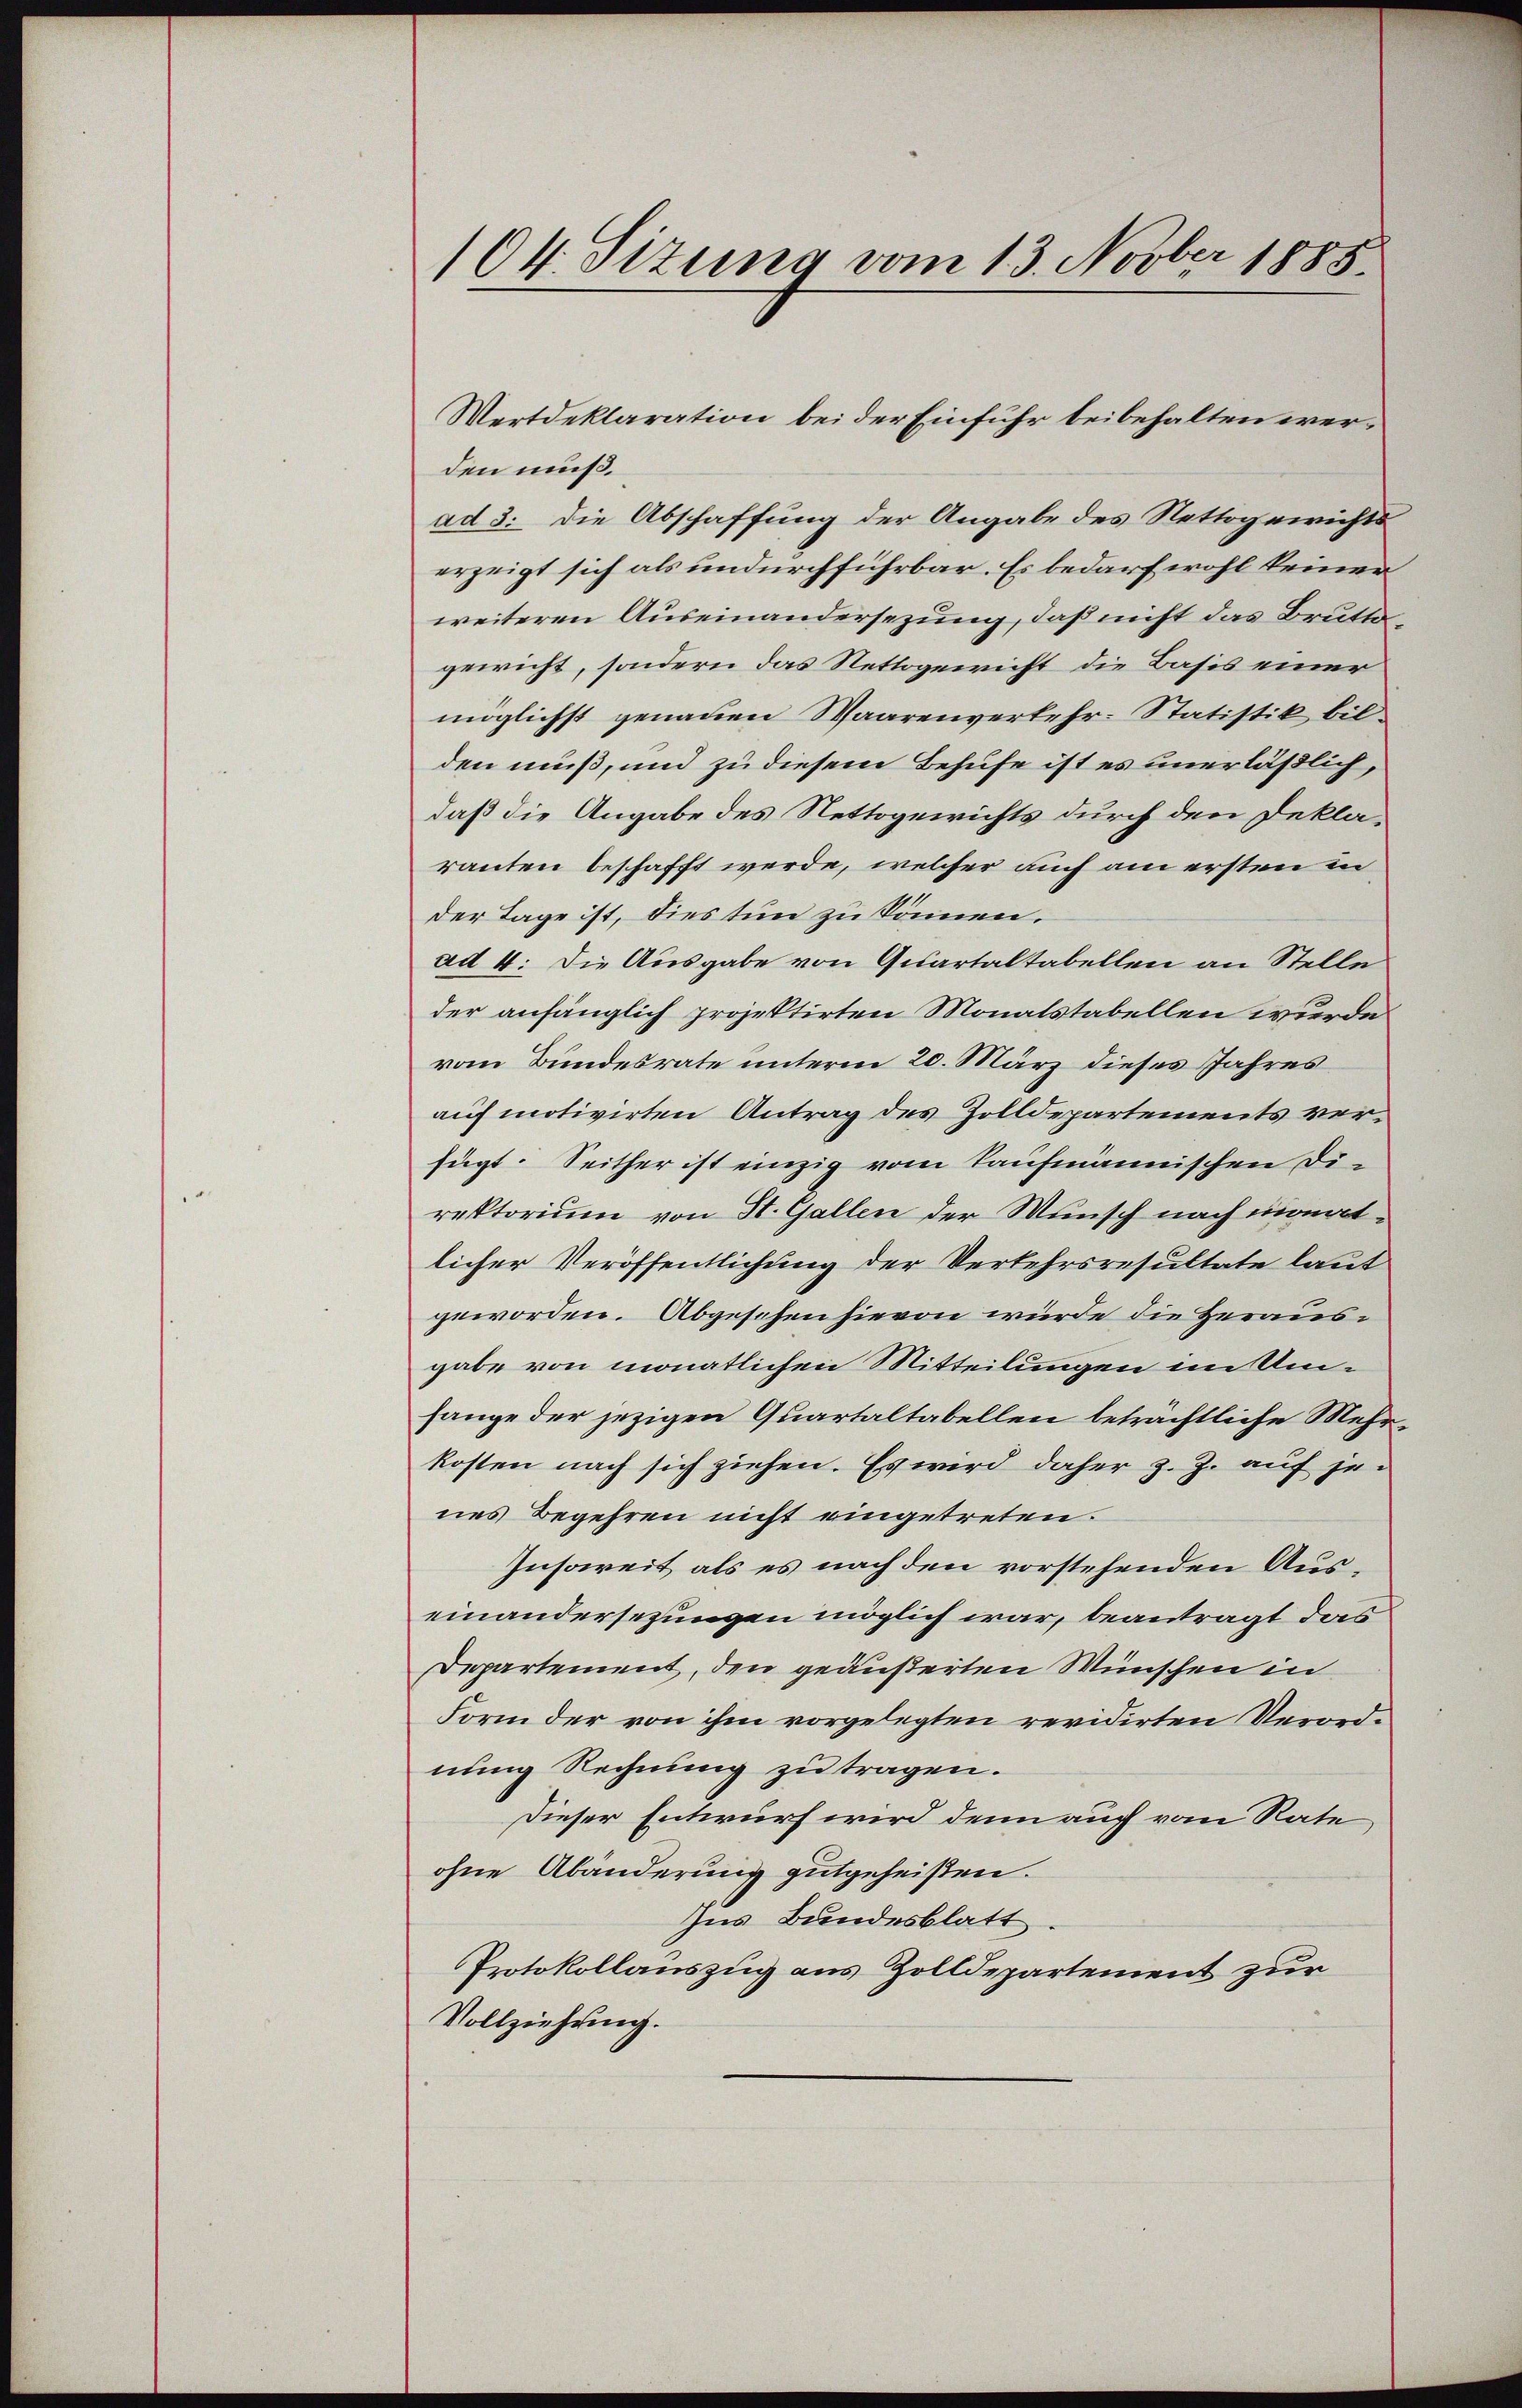
104. Sizung vom 13. Novber 1885.

den muß.
ad 3. Die Abschaffung der Angabe des Nettogewichts
erzeigt sich als undurchführbar. Es bedarf wohl keiner
weiteren Auseinandersezung, daß nicht das Brutto
gewicht, sondern das Nettogericht die Basis einer
möglichst genauen Waarenverkehr-Statistik bilden muß, und zu diesem Behufe ist es unerläßlich,
daß die Angabe des Nettogewichts durch den Deklaranten beschafft werde, welcher auch am ersten in
der Tage ist, dies tun zu können.
ad 4. Die Ausgabe von Quartaltabellen an Stelle
der anfänglich projektirten Monatstabellen wurde
vom Bundesrate unterm 20. März dieses Jahres
auf motivirten Antrag des Zolldepartements verfügt: Seither ist einzig vom kaufmännischen Di-
rektorium von St. Gallen der Wunsch nach monatlicher Veröffentlichung der Verkehrsresultate laut
geworden. Abgesehen hievon würde die Herausgabe von monatlichen Mitteilungen im Umfange der jezigen Quartaltabellen beträchtliche Mehkosten nach sich ziehen. Es wird daher z. Z. auf jenes Begehren nicht eingetreten.
Insoweit als es nach den vorstehenden Auseinandersezungen möglich war, beantragt das
Departement, den geäußerten Wünschen in
Form der von ihm vorgelegten revidirten Verordnung Rechnung zu tragen.
Dieser Entwurf wird denn auch vom Rate
ohne Abänderung gutgeheißen.
Ins Bundesblatt.
Protokollauszug aus Zolldepartement zur
Vollziehung.

Wertdeklaration bei der Einfuhr beibehalten wer¬